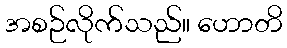
အစဉ်လိုက်သည်။ ဟောတိ